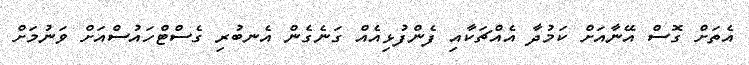
އެތަށް ގޮސް އޭނާއަށް ކަމުދާ އެއްޗަކާއި ފެންފުޅިއެއް ގަނެގެން އެނބުރި ގެސްޓްހައުސްއަށް ވަނުމަށް